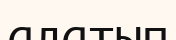
алатып